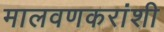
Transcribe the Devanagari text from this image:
मालवणकरांशी